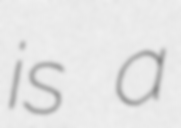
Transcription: is a